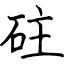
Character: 砫